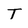
Character: T